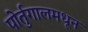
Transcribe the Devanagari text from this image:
पोर्तुगालमधून